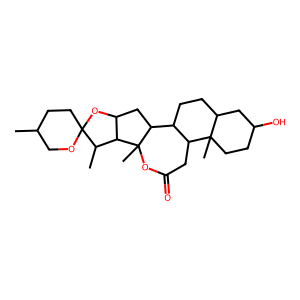
SMILES: CC1CCC2(OC1)OC1CC3C4CCC5CC(O)CCC5(C)C4CC(=O)OC3(C)C1C2C
Inhibits HIV replication: No